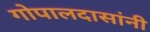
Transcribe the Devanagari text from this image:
गोपालदासांनी